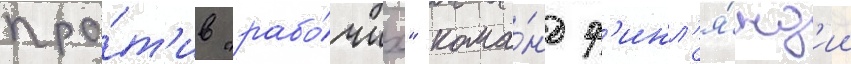
про́т'ив "рабо́чих" кома́нд ф'инл'я́нд'ии